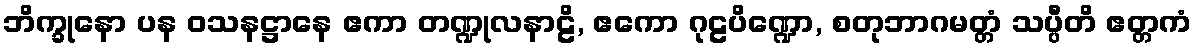
ဘိက္ခုနော ပန ဝသနဋ္ဌာနေ ဧကာ တဏ္ဍုလနာဠိ, ဧကော ဂုဠပိဏ္ဍော, စတုဘာဂမတ္တံ သပ္ပီတိ ဧတ္တကံ